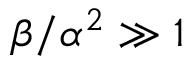
\beta / \alpha ^ { 2 } \gg 1